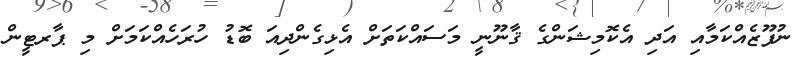
ނުފޫޒެއްކަމާއި އަދި އެކޮމިޝަންގެ ޤާނޫނީ މަސައްކަތަށް އެޅިގެންދިއަ ބޮޑު ހުރަހެއްކަމަށް މި ޕާރޓީން